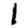
Digit: 1